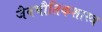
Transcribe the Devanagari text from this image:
जैवभौतिकशास्त्र